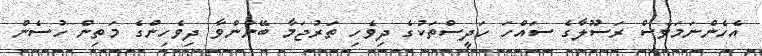
އެހެންނަމަވެސް ރަސޫލާގެ ސައްހަ ހަދީސްތަކުގެ ދިވެހި ތަރުޖަމާ ބޭނުންވާ ދިވެހިންގެ މަތިން ހުސެން